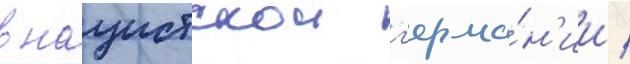
в нацистскои г'ерма́н'ии /